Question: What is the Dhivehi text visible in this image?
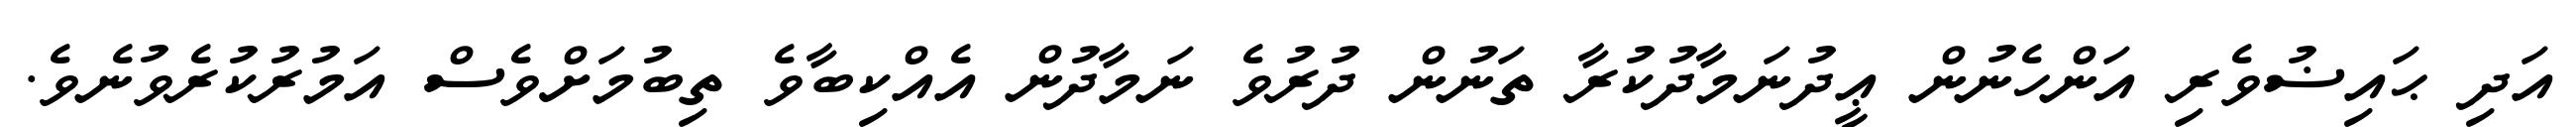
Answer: އަދި ޙައިޟުވެރި އަންހެނުން ޢީދުނަމާދުކުރާ ތަނުން ދުރުވެ ނަމާދުން އެއްކިބާވެ ތިބުމަށްވެސް އަމުރުކުރެވުނެވެ.